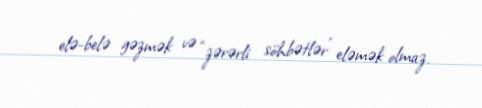
elə-belə gəzmək və “zərərli söhbətlər” eləmək olmaz.